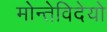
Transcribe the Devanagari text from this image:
मोन्तेविदेयो